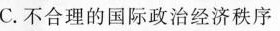
C.不合理的国际政治经济秩序